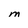
Character: M